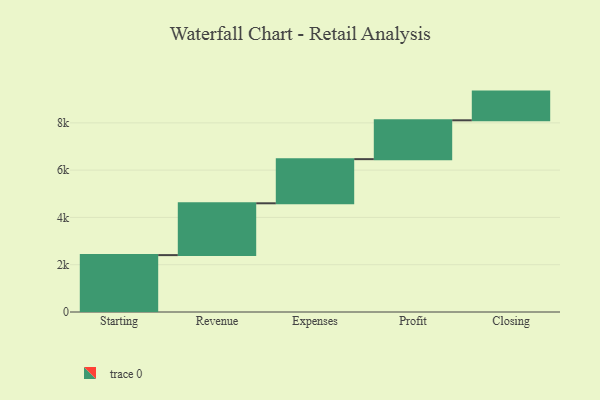
{"axis": {"x": "Step", "y": "Value"}, "legend": [""], "data": [{"x": "Starting", "y": 2406.0, "type": ""}, {"x": "Revenue", "y": 2192.0, "type": ""}, {"x": "Expenses", "y": 1867.0, "type": ""}, {"x": "Profit", "y": 1643.0, "type": ""}, {"x": "Closing", "y": 1214.0, "type": ""}]}